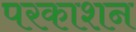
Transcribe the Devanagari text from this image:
परकाशन